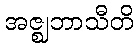
အဇ္ဈဘာသီတိ